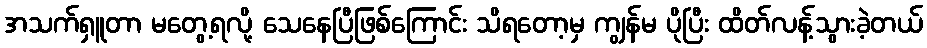
အသက်ရှူတာ မတွေ့ရလို့ သေနေပြီဖြစ်ကြောင်း သိရတော့မှ ကျွန်မ ပိုပြီး ထိတ်လန့်သွားခဲ့တယ်